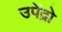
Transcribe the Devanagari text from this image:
उपेंद्रो